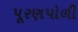
પૂરણપોળી